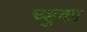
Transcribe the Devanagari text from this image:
च्हुका